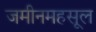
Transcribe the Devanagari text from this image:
जमीनमहसूल